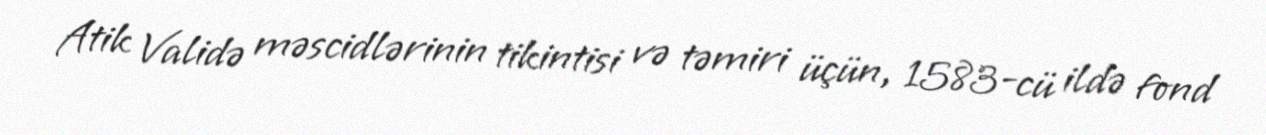
Atik Validə məscidlərinin tikintisi və təmiri üçün, 1583-cü ildə fond